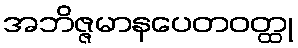
အဘိဇ္ဇမာနပေတဝတ္ထု